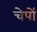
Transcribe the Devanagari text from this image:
चेपों